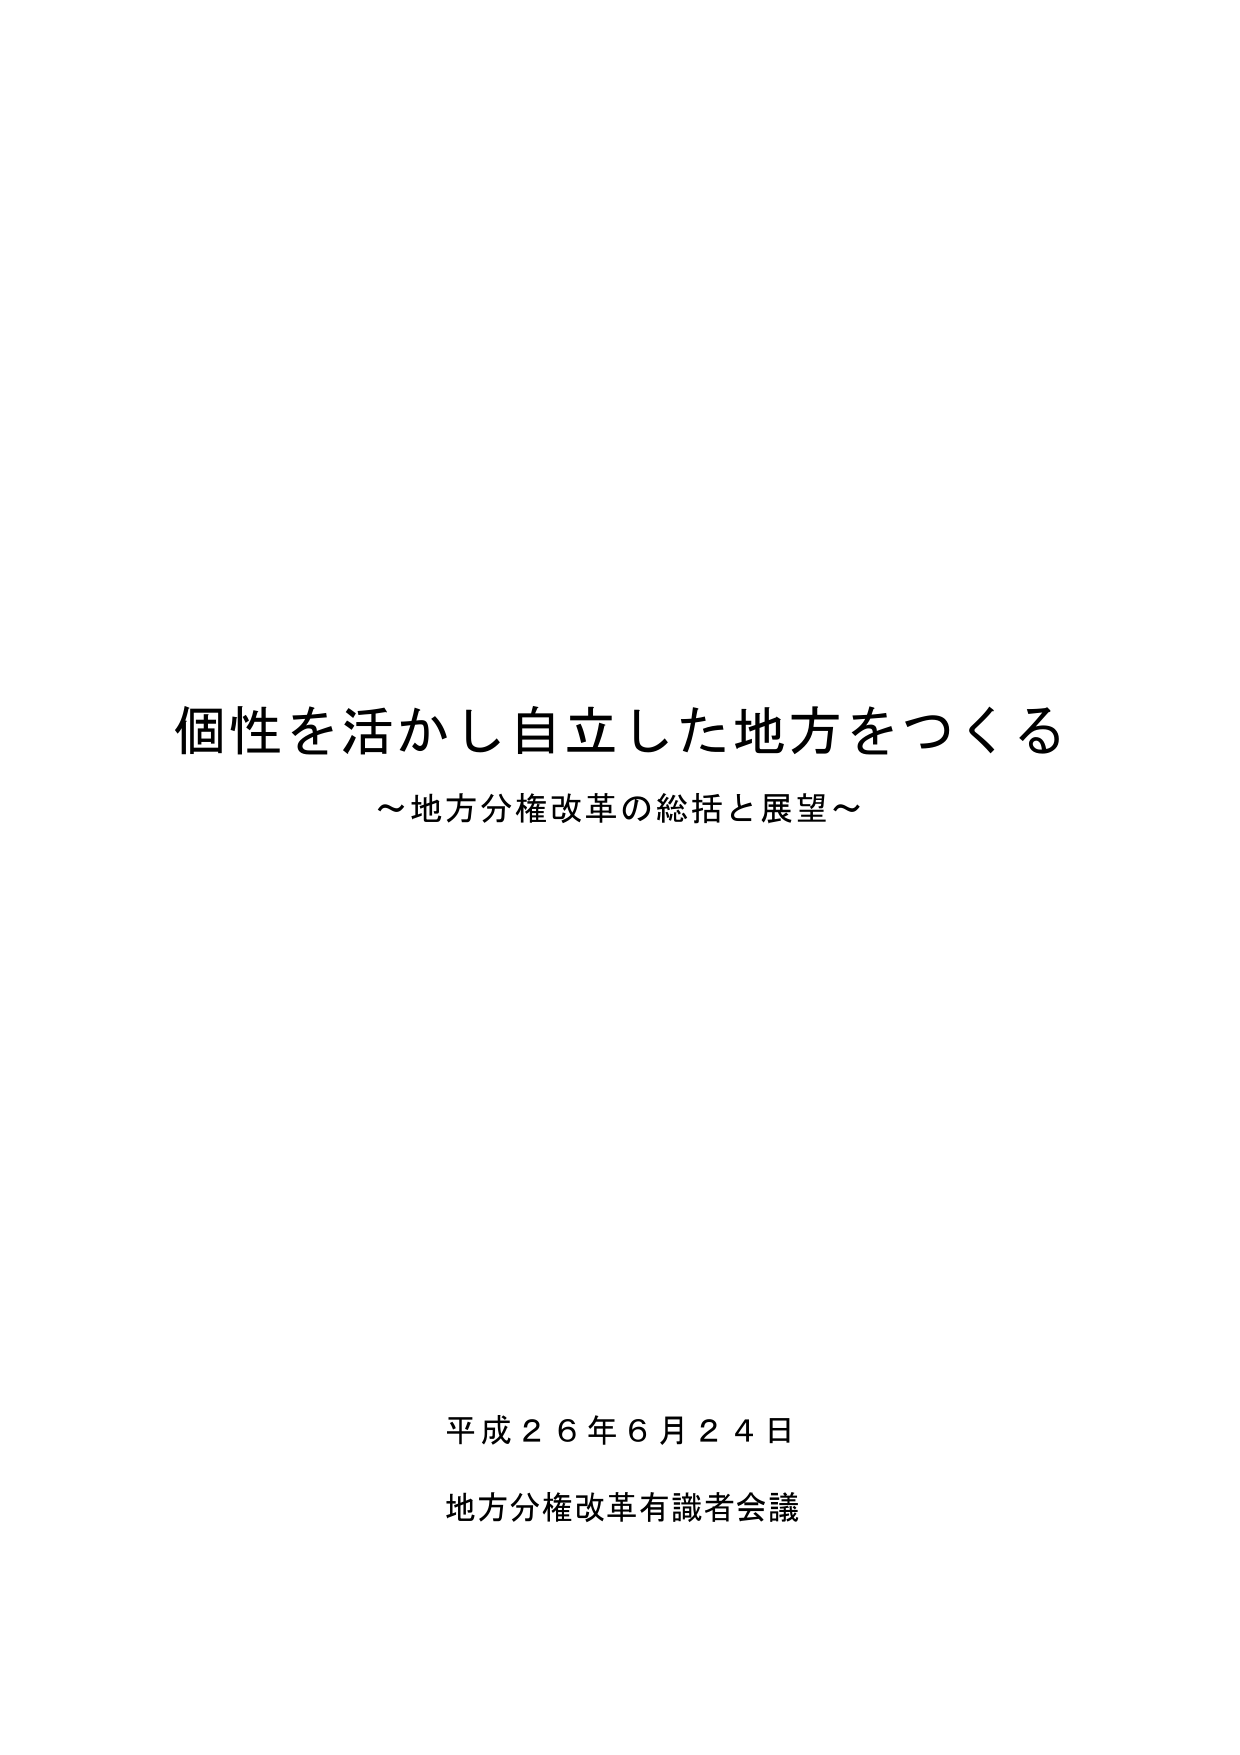
個性を活かし自立した地方をつくる
～地方分権改革の総括と展望～

平成２６年６月２４日
地方分権改革有識者会議